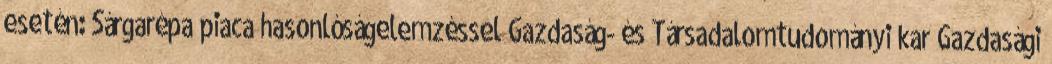
esetén: Sárgarépa piaca hasonlóságelemzéssel Gazdaság- és Társadalomtudományi kar Gazdasági